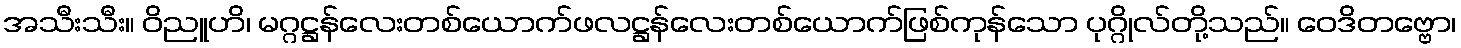
အသီးသီး။ ဝိညူဟိ၊ မဂ္ဂဋ္ဌန်လေးတစ်ယောက်ဖလဋ္ဌန်လေးတစ်ယောက်ဖြစ်ကုန်သော ပုဂ္ဂိုလ်တို့သည်။ ဝေဒိတဗ္ဗော၊